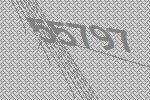
55797